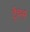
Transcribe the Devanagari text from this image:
ट्रेंचर्स